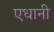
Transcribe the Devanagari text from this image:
एधानी